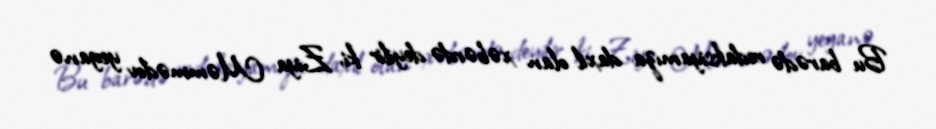
Bu barədə redaksiyamıza daxil olan xəbərdə deyilir ki, Ziya Məmmədov yeganə